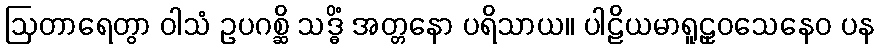
ဩတာရေတွာ ဝါသံ ဥပဂစ္ဆိ သဒ္ဓိံ အတ္တနော ပရိသာယ။ ပါဠိယမာရူဠှဝသေနေဝ ပန